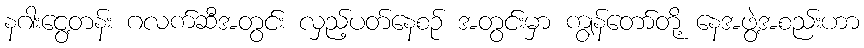
နဂါးငွေ့တန်း ဂလက်ဆီအတွင်း လှည့်ပတ်နေစဉ် အတွင်းမှာ ကျွန်တော်တို့ နေအဖွဲ့အစည်းဟာ